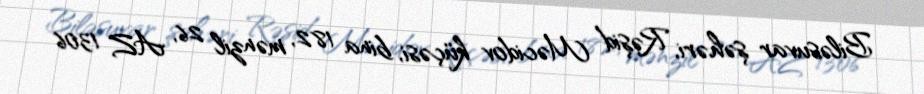
Biləsuvar şəhəri, Rəşid Məcidov küçəsi, bina 182, mənzil 26, AZ 1306